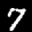
Label: 7